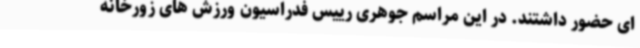
ای حضور داشتند. در این مراسم جوهری رییس فدراسیون ورزش های زورخانه